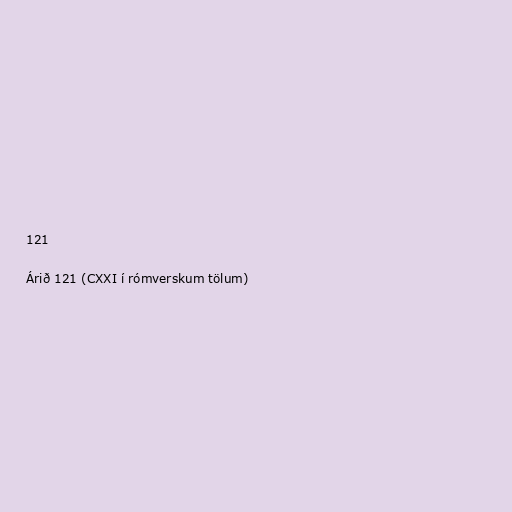
121

Árið 121 (CXXI í rómverskum tölum)